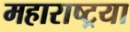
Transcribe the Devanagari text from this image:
महाराष्ट्रया